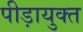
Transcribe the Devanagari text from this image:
पीड़ायुक्‍त